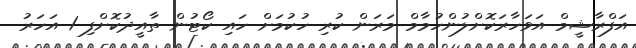
އަފްރާޝީމް އަވަހާރަކޮށްލުންހުމާމް މަރަން ކުރި ހުކުމަށް ހައި ކޯޓުން ތާއީދުކޮށްފި 1 އަހަރު